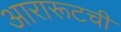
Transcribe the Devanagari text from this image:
आरारूटची